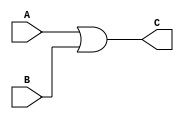
/******************************************************************
 * Description
 *      This is an OR gate:
 * Version:
 *  1.0
 * Author:
 *  Alejandro Rios Jasso
 *  Javier Ochoa Pardo
 * email:
 *  is708932@iteso.mx
 *  is702811@iteso.mx
 * Date:
 *  05/04/2019
 ******************************************************************/
module ORGate (input A,
                input B,
                output reg C);
    
    always@(*)
        C = A | B;
    
endmodule